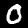
Digit: 0